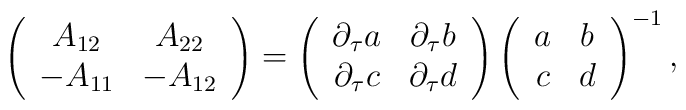
\left( \begin{array}{cc}A_{12} & A_{22} \\ -A_{11} & -A_{12}\end{array}\right) =\left( \begin{array}{cc}\partial _\tau a & \partial _\tau b \\ \partial _\tau c & \partial _\tau d\end{array}\right) \left( \begin{array}{cc}a & b \\ c & d\end{array}\right) ^{-1},